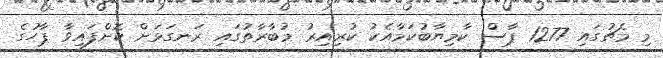
މި މެޗުގަައި 1277 ޕާސް ކާމިޔާބުކަމާއެކު ކުރިއިރު މުބާރާތުގައި ރަނގަޅަށް ކޮށްފައިވާ ޕާހުގެ